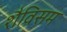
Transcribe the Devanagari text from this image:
शैविसम